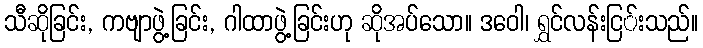
သီဆိုခြင်း, ကဗျာဖွဲ့ခြင်း, ဂါထာဖွဲ့ခြင်းဟု ဆိုအပ်သော။ ဒဝေါ၊ ရွှင်လန်းငြ်းသည်။